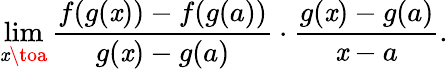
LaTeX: \operatorname*{lim}_{\mathit{x}\toa}{\frac{{f(g(\mathit{x}))-f(g(a))}}{{g(\mathit{x})-g(a)}}}\cdot{\frac{{g(\mathit{x})-g(a)}}{{\mathit{x}-a}}}.